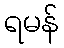
ရမန်